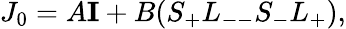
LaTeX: J_{0}=A{\mathbf I}+B(S_{+}L_{--}S_{-}L_{+}),